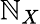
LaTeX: \mathbb{N}_{X}